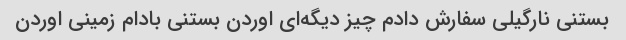
بستنی نارگیلی سفارش دادم چیز دیگه‌ای اوردن بستنی بادام زمینی اوردن